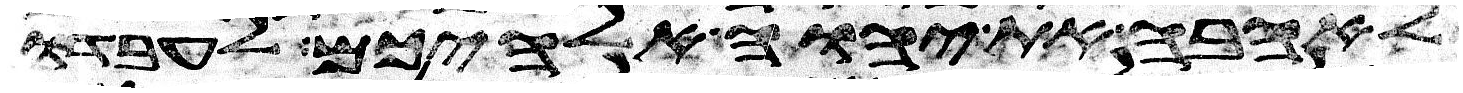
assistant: לאהבה את יהוה אלהיכם לעבדו